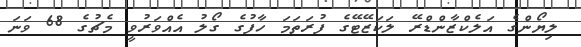
ލިޔޯންގެ އަލެކްޒާންޑްރޭ ލަކަޒޭޓޭގެ ފުރަތަމަ ހާފުގެ ގޯލު އެއްވަރުވީ މެޗުގެ 68 ވަނަ